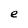
Character: e